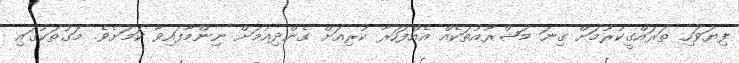
ފިޔަވަހި ތަރައްގީކުރުމަށް ގިނަ މަޝްރޫއުތަކެއް އެއްފަހަރާ ކުރިއަށް ގެންދިއުމަށް ނިންމާފައިވާ ކަމަށެވެ. މަގުތަކުގައި